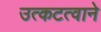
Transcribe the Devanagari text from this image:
उत्कटत्वाने